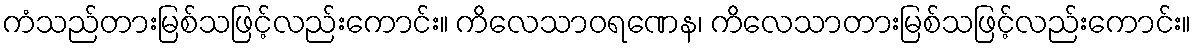
ကံသည်တားမြစ်သဖြင့်လည်းကောင်း။ ကိလေသာဝရဏေန၊ ကိလေသာတားမြစ်သဖြင့်လည်းကောင်း။